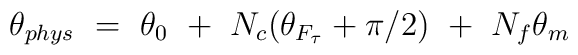
\theta_{phys} ~=~ \theta_0 ~+~ N_c ( \theta_{F_\tau} + \pi /2) ~+~ N_f \theta_m